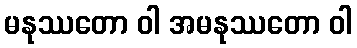
မနုဿတော ဝါ အမနုဿတော ဝါ